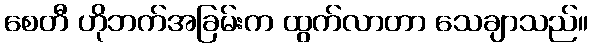
စေတီ ဟိုဘက်အခြမ်းက ထွက်လာတာ သေချာသည်။